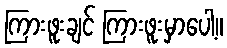
ကြားဖူးချင် ကြားဖူးမှာပေါ့။